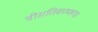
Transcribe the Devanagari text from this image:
वीसतिवण्णणा